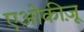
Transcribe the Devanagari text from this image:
एओकीज़ू